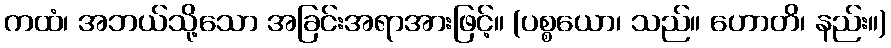
ကထံ၊ အဘယ်သို့သော အခြင်းအရာအားဖြင့်။ (ပစ္စယော၊ သည်။ ဟောတိ၊ နည်း။)